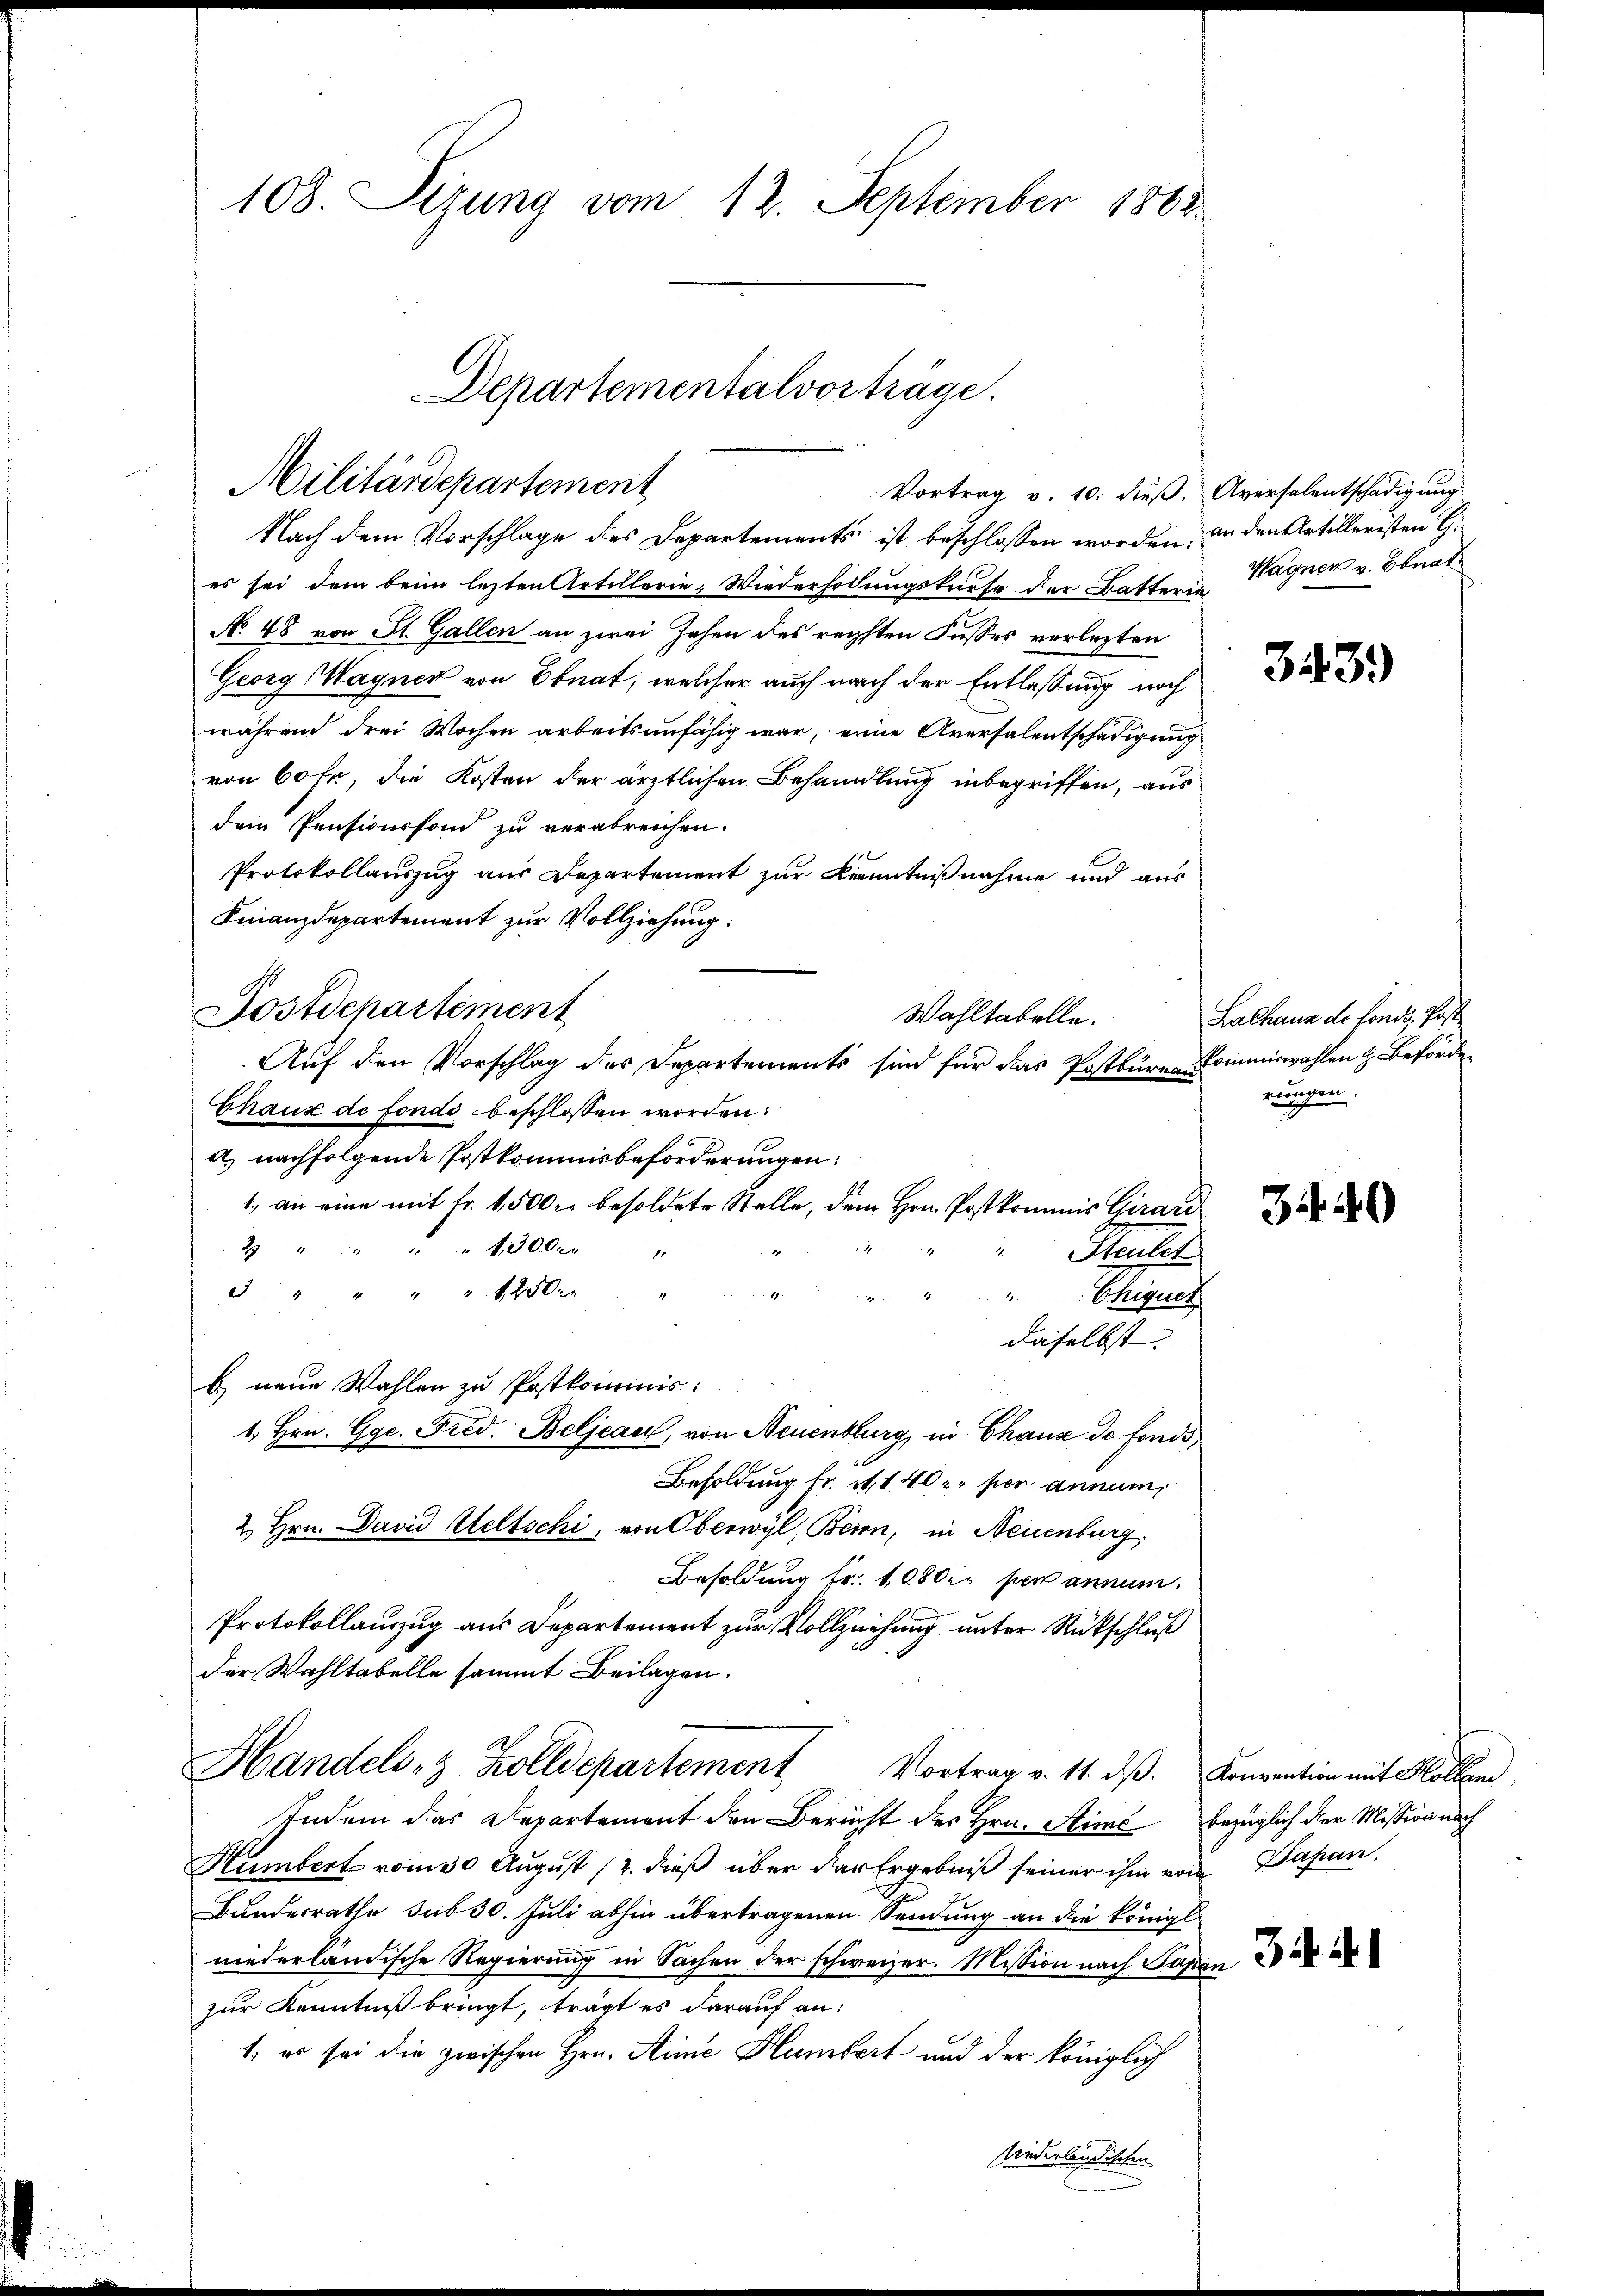
108. Sizung vom 12. September 1868.

Vortrag v. 10. dieß. Aversalentschädigung
Nach dem Vorschlage des Departements ist beschlossen worden, an den Artilleristen G
es sei dem beim lezten Artillerie, Wiederholungskurse der Batterin
No 48 von St. Gallen an zwei Zehen des rechten Fusses verlezten
Georg Wagner von Ebnat, welcher auch nach der Entlassung noch
während drei Wochen arbeitsunfähig war, eine Aversalentschädigung
von 60 fr, die Kosten der ärztlichen Behandlung inbegriffen, aus
dein Pensionsfond zu verabreichen.
Protokollauszug aus Departement zur Kenntnißnahme und aus
Finanzdepartement zur Vollziehung.
Postdepartement
Chaux de fondo beschlossen worden:
a) nachfolgende Postkommisbeförderungen:
1300 r
2
Sautet
4
12500
Chiquet
daselbst. |
b) neue Wahlen zu Postkommnis:
1. Hrn. Gge. Fred. Beljean, von Neuenburg, in Chause de fonds,
Besoldung fr. 31, 140 u. per annum
2. Hrn. David Weltschi, von Oberwyl, Beien, in Neuenburg,
Besoldung fr. 1080 er son anrum.
Protokollauszug aus Departement zur Vollziehung unter Rückschluß
der Wahltabelle sammt Beilagen.
Handels- & Zolldepartement
Vortrag v. 11. dβ. Konvention mit Hollen
Indem das Departement den Bericht des Hrn. Stime bezüglich der Mission nach
Hümbert vom 30 August (2. dieß über der Ergebniß seiner ihm vom Papan,
Bundesrathe sub 30. Juli abhin übertragenen Sendung an die königl
niederländische Regierung in Sachen der schweizer. Mission nach Papan
zur Kenntniß bringt, trägt es darauf an:
1, es sei die zwischen Hrn. Ainić Hlumbert und der königlich
wiederländischen

Departementalvorträge.
Militärdepartement

Wahltabelle.
Auf den Vorschlag des Departements sind für das Postbüren Kommiswahlen & Beförde
1., an eine mit Fr. 1500 r. besoldete Stelle, dem Hrn. Postkommis Girard

Wagner v. Ebnat

343.)

Lalhaus de fonds, Post
rungen.

340